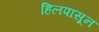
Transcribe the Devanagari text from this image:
हिलपासून